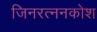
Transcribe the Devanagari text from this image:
जिनरत्ननकोश